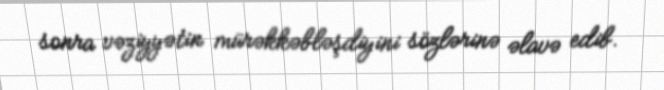
sonra vəziyyətin mürəkkəbləşdiyini sözlərinə əlavə edib.